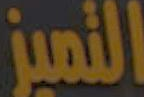
التميز